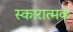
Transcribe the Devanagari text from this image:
स्कारात्मक